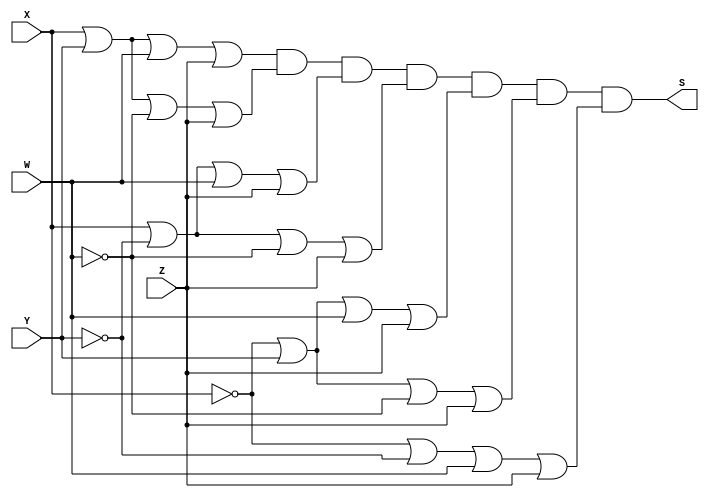
/*
 Guia_0404d.v - v0.0. - 28 / 08 / 2022
 Autor    : Gabriel Vargas Bento de Souza
 Matricula: 778023
 */

/* 
 Produto das somas
                  ____
F(X, Y, W, Z) =   | |  M (0, 2, 4, 6, 8, 10, 12)
*/

/**
 PoS (0, 2, 4, 6, 8, 10, 12)
 */
module PoS (output S,
            input  X, Y, W, Z);
   assign S = ( X |  Y |  W |  Z)   // 0
            & ( X |  Y | ~W |  Z)   // 2
            & ( X | ~Y |  W |  Z)   // 4
            & ( X | ~Y | ~W |  Z)   // 6
            & (~X |  Y |  W |  Z)   // 8
            & (~X |  Y | ~W |  Z)   // 10
            & (~X | ~Y |  W |  Z);  // 12
endmodule // PoS 

/**
  Guia_0404d.v
 */
module Guia_0404d;
   reg  X, Y, W, Z;
   wire S;
   
   // instancias
   PoS POS (S, X, Y, W, Z);
   
   // valores iniciais
   initial begin: start
      X=1'bx; Y=1'bx; W=1'bx; Z=1'bx; // indefinidos
   end

   // parte principal
   initial begin: main
      // identificacao
       $display("Gabriel Vargas Bento de Souza - 778023");
       $display("Test boolean expression");
       $display("\n04.d) PoS (0, 2, 4, 6, 8, 10, 12)\n");

       // monitoramento
       $display(" X  Y  W  Z  PoS(0, 2, 4, 6, 8, 10, 12)");
       $monitor("%2b %2b %2b %2b %14b", X, Y, W, Z, S);

       // sinalizacao
       #1 X=0; Y=0; W=0; Z=0;
       #1 X=0; Y=0; W=0; Z=1;
       #1 X=0; Y=0; W=1; Z=0;
       #1 X=0; Y=0; W=1; Z=1;
       #1 X=0; Y=1; W=0; Z=0;
       #1 X=0; Y=1; W=0; Z=1;
       #1 X=0; Y=1; W=1; Z=0;
       #1 X=0; Y=1; W=1; Z=1;
       #1 X=1; Y=0; W=0; Z=0;
       #1 X=1; Y=0; W=0; Z=1;
       #1 X=1; Y=0; W=1; Z=0;
       #1 X=1; Y=0; W=1; Z=1;
       #1 X=1; Y=1; W=0; Z=0;
       #1 X=1; Y=1; W=0; Z=1;
       #1 X=1; Y=1; W=1; Z=0;
       #1 X=1; Y=1; W=1; Z=1;
   end
endmodule // Guia_0404d